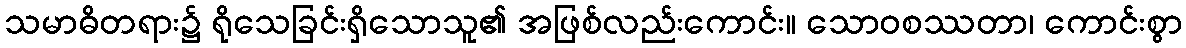
သမာဓိတရား၌ ရိုသေခြင်းရှိသောသူ၏ အဖြစ်လည်းကောင်း။ သောဝစဿတာ၊ ကောင်းစွာ